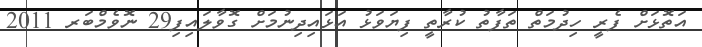
އަތޮޅަށް ފެރީ ހިދުމަތް ތަފާތު ކުރާތީ ފިޔަވަޅު އަޅައިދިނުމަށް ގޮވާލައިފި29 ނޮވެމްބަރ 2011